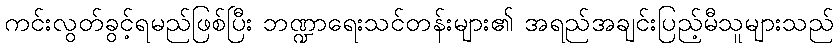
ကင်းလွတ်ခွင့်ရမည်ဖြစ်ပြီး ဘဏ္ဍာရေးသင်တန်းများ၏ အရည်အချင်းပြည့်မီသူများသည်